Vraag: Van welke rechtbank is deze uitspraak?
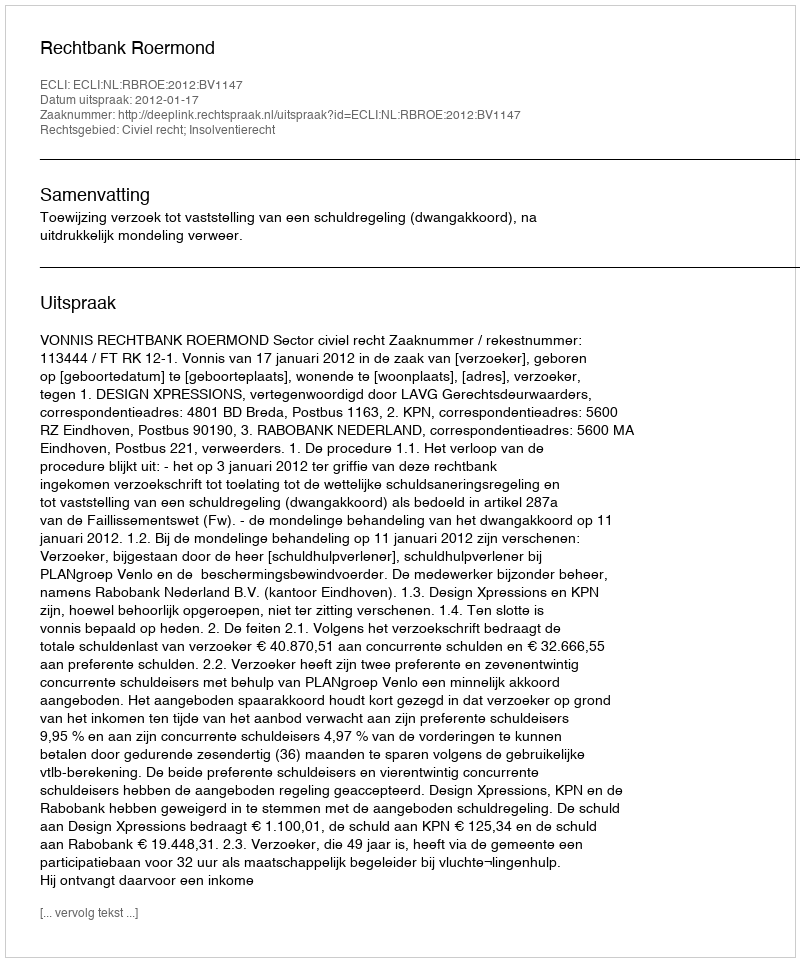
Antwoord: Rechtbank Roermond